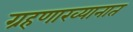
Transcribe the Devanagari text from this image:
ग्रहणाख्यानात